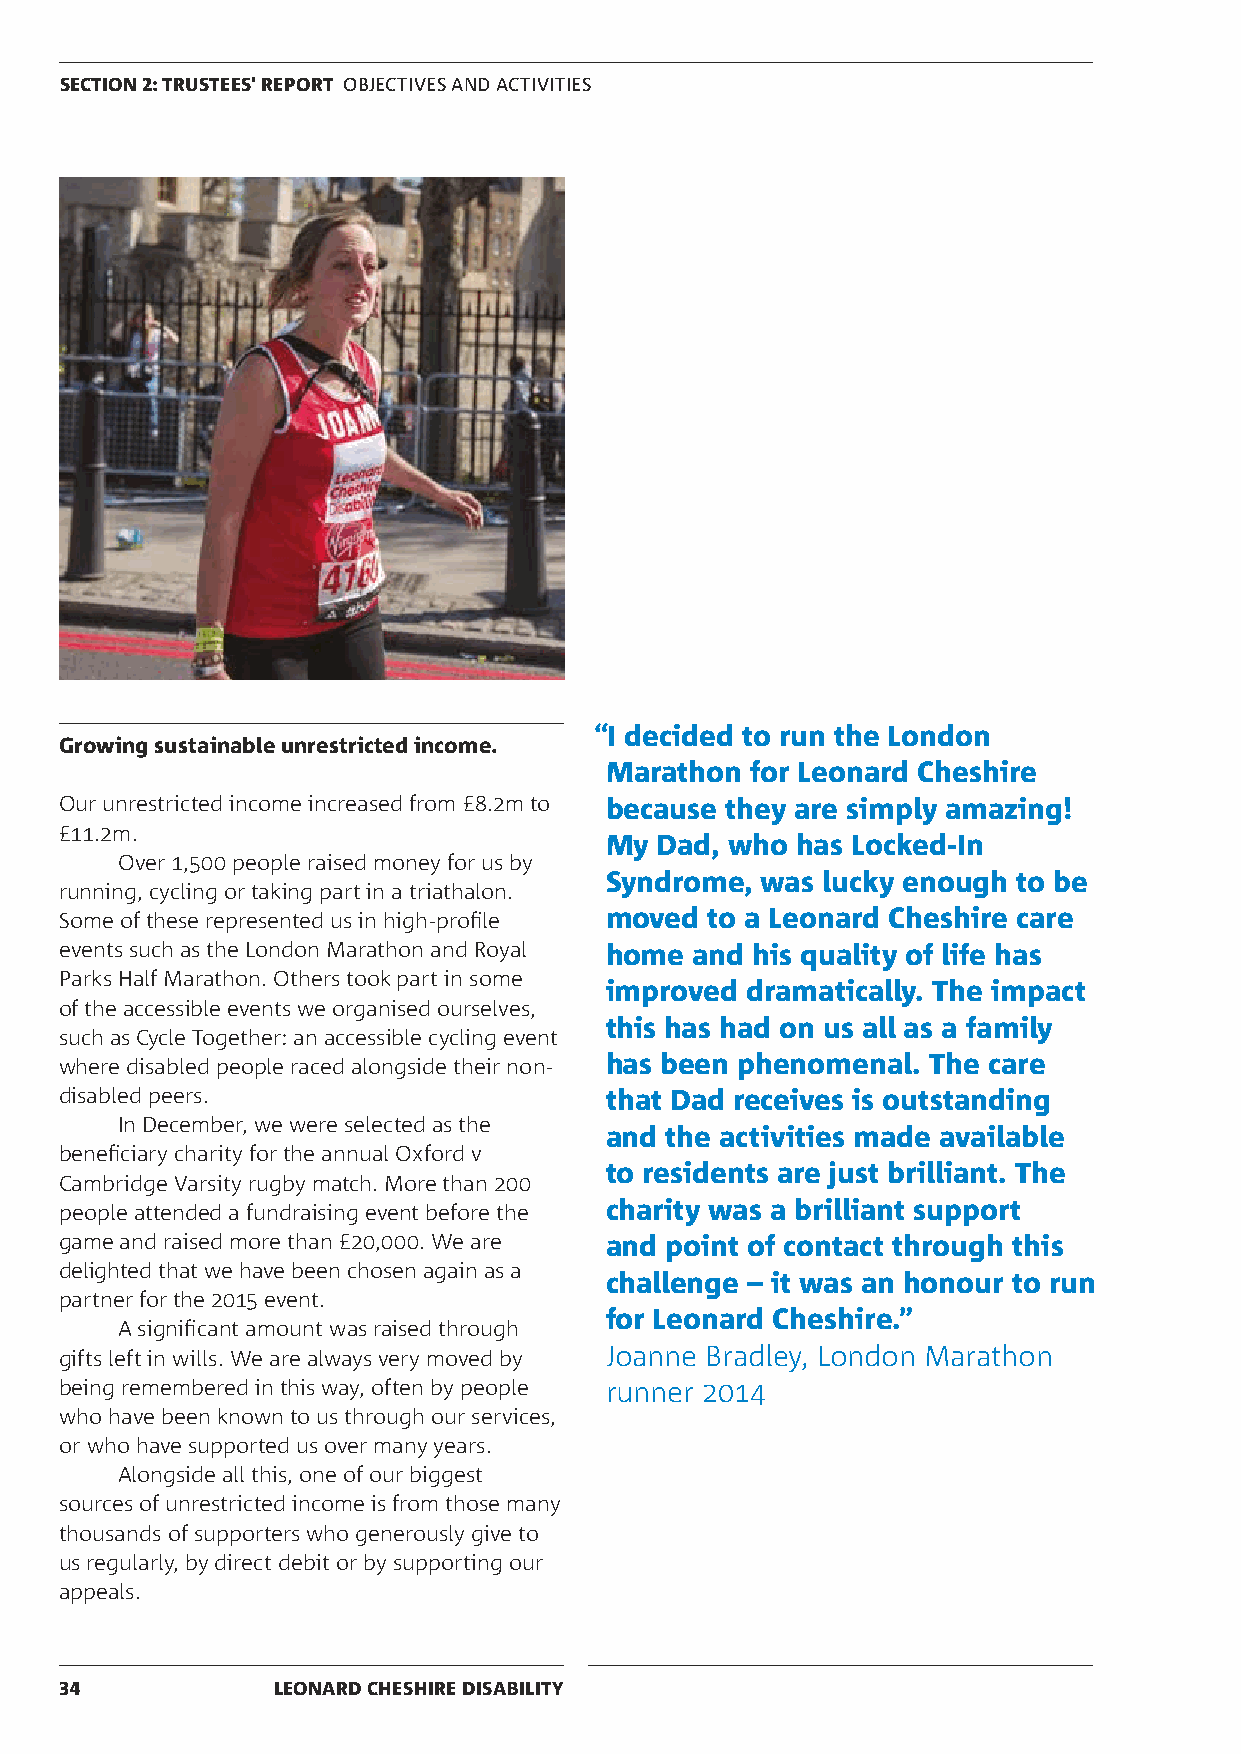
SECTION 2: TRUSTEES' REPORT OBJECTIVES AND ACTIVITIES
 “I decided to run the London
 Growing sustainable unrestricted income.
 Marathon  for Leonard Cheshire
 Our unrestricted income increased from £8.2m to because they are simply amazing!
 £11.2m.
 My Dad, who  has Locked-In
 Over 1,500 people raised money for us by
 Syndrome, was lucky enough to be
 running, cycling or taking part in a triathalon.
 Some of these represented us in high-profile moved to a Leonard Cheshire care
 events such as the London Marathon and Royal home and his quality of life has
 Parks Half Marathon. Others took part in some
 improved dramatically. The impact
 of the accessible events we organised ourselves,
 this has had on us all as a family
 such as Cycle Together: an accessible cycling event
 where disabled people raced alongside their non- has been phenomenal. The care
 disabled peers.                     that Dad receives is outstanding
 In December, we were selected as the
 and the activities made available
 beneficiary charity for the annual Oxford v
 to residents are just brilliant. The
 Cambridge Varsity rugby match. More than 200
 people attended a fundraising event before the charity was a brilliant support
 game and raised more than £20,000. We are and point of contact through this
 delighted that we have been chosen again as a
 challenge – it was an honour to run
 partner for the 2015 event.
 for Leonard Cheshire.”
 A significant amount was raised through
 gifts left in wills. We are always very moved by Joanne Bradley, London Marathon
 being remembered in this way, often by people runner 2014
 who have been known to us through our services,
 or who have supported us over many years.
 Alongside all this, one of our biggest
 sources of unrestricted income is from those many
 thousands of supporters who generously give to
 us regularly, by direct debit or by supporting our
 appeals.
 34            LEONARD CHESHIRE DISABILITY